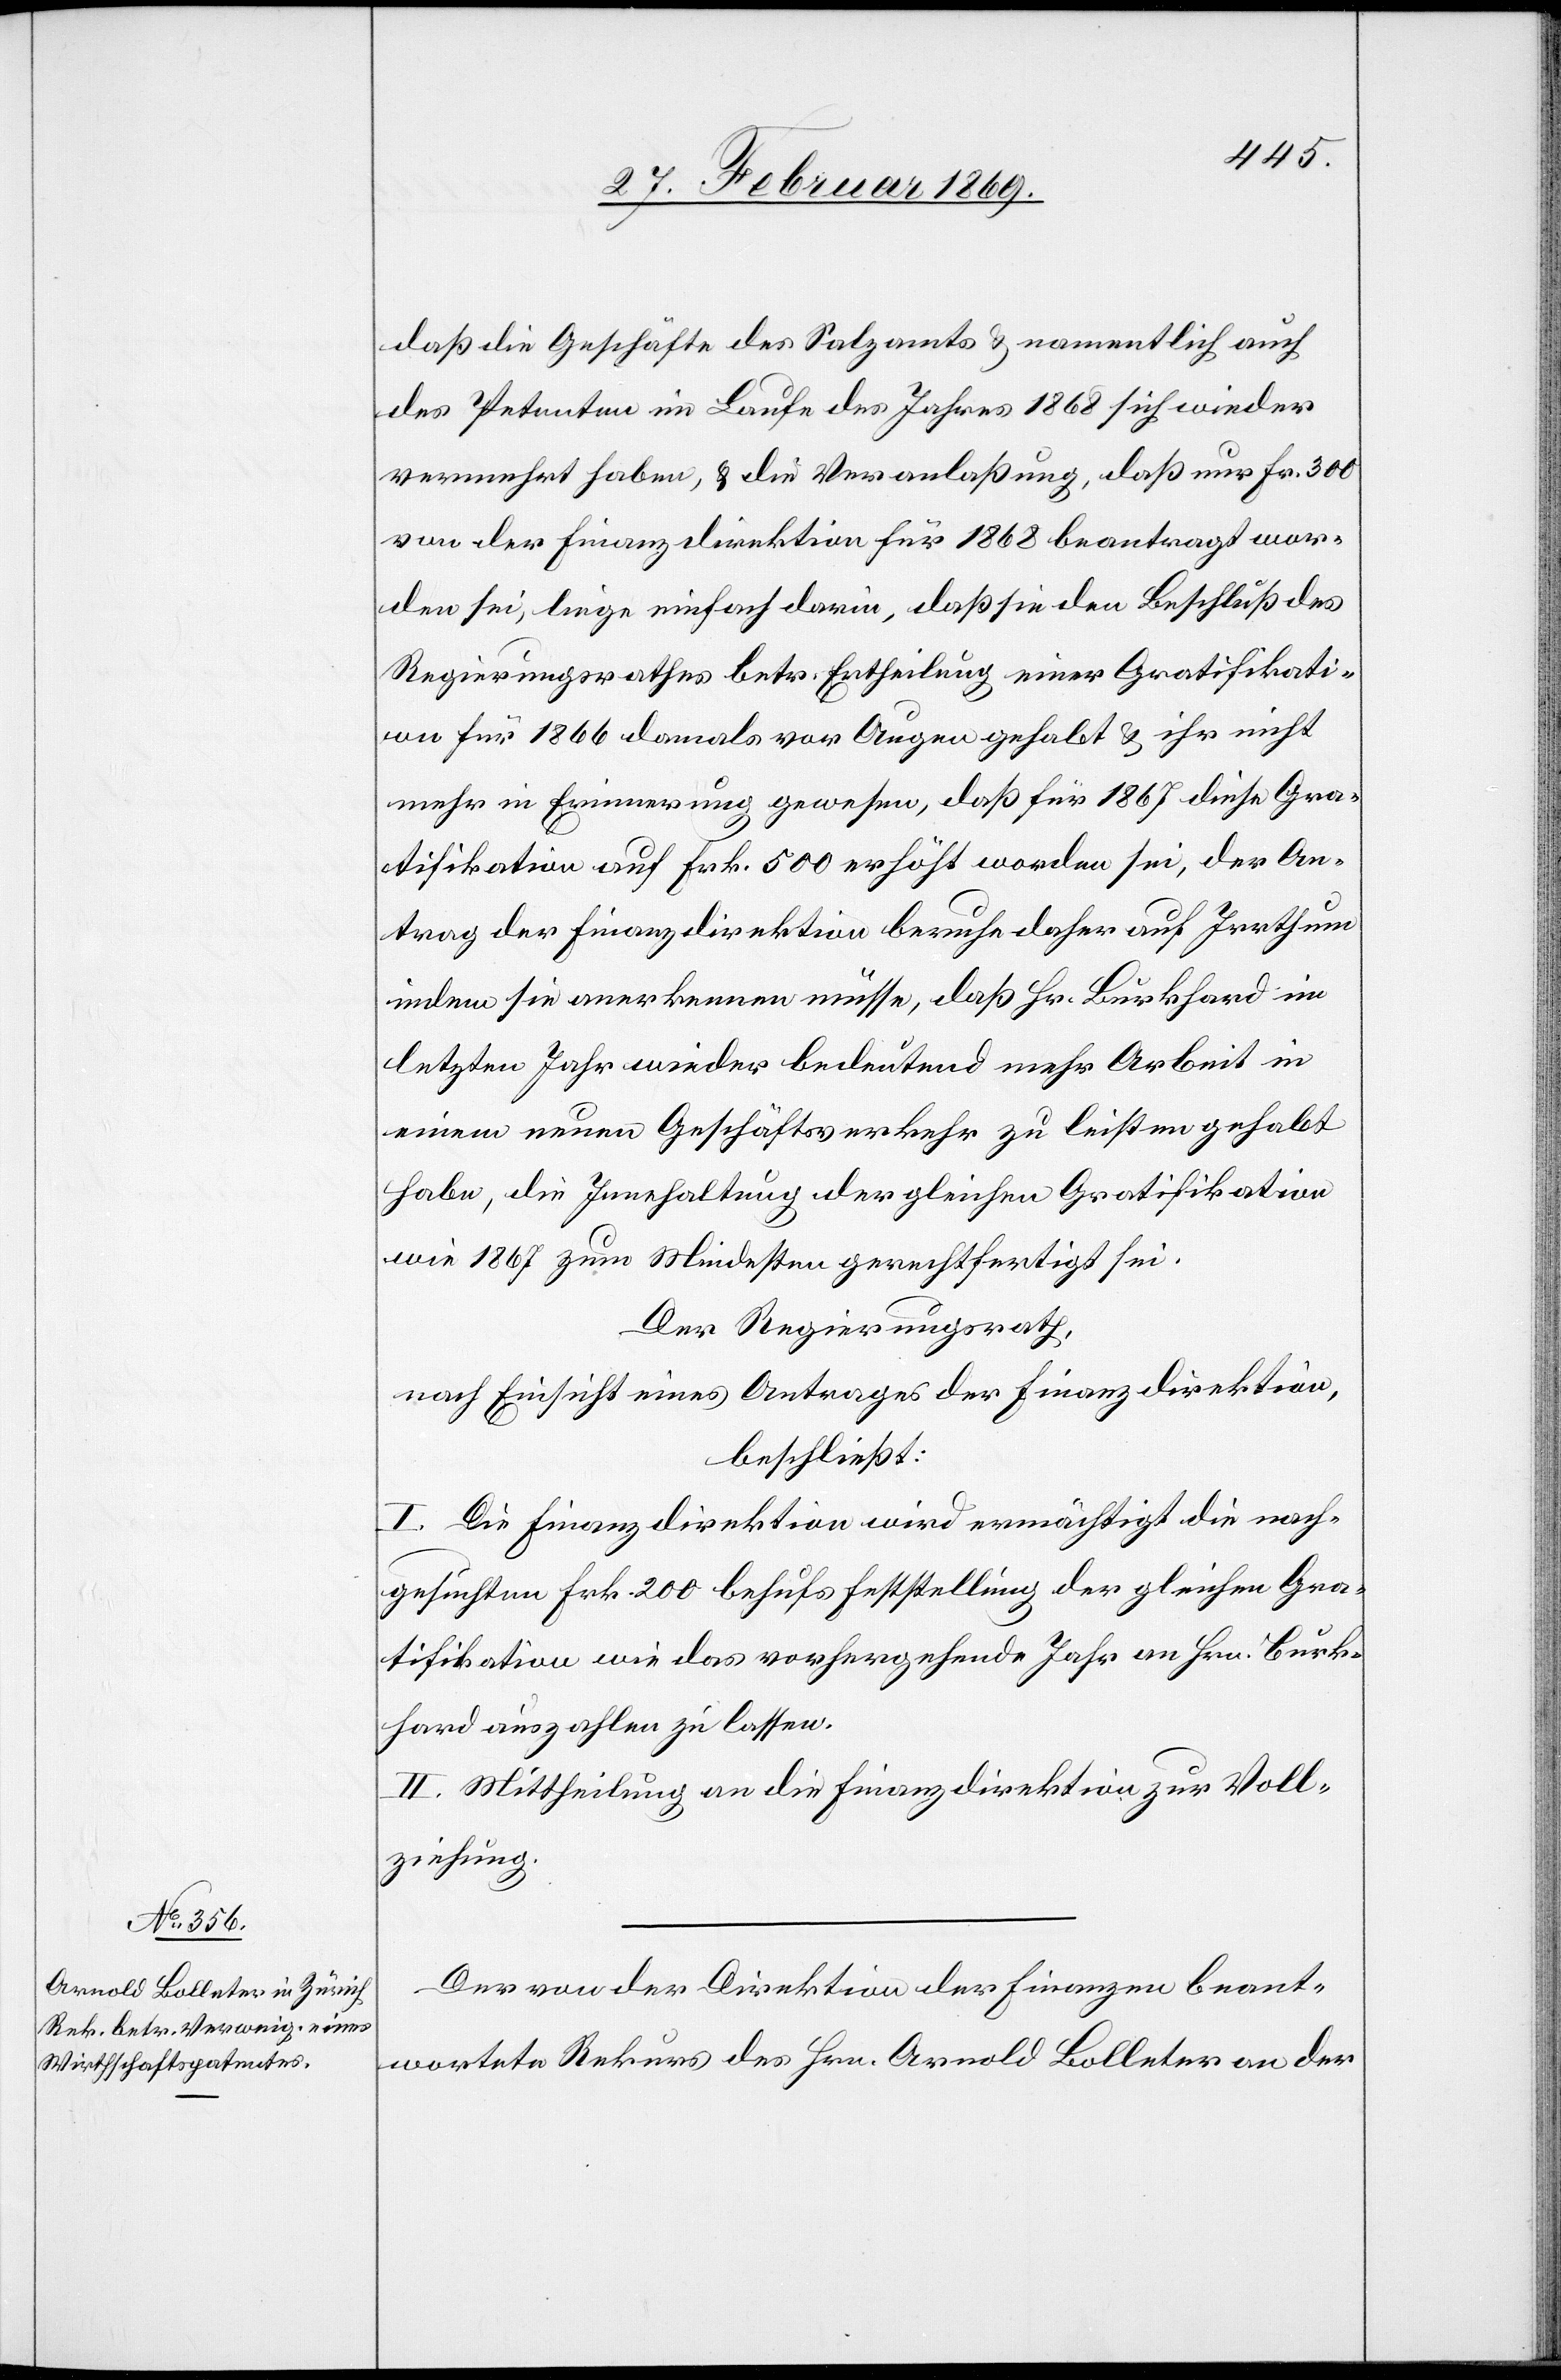
daß die Geschäfte des Salzamts & namentlich auch
des Petenten im Laufe des Jahres 1868 sich wieder
vermehrt haben, & die Veranlaßung, daß nur Frk. 300
von der Finanzdirektion für 1868 beantragt wor¬
den sei, liege einfach darin, daß sie den Beschluß des
Regierungsrathes betr. Ertheilung einer Gratifikati¬
on für 1866 damals vor Augen gehabt & ihr nicht
mehr in Erinnerung gewesen, daß für 1867 diese Gra¬
tifikation auf Frk. 500 erhöht worden sei, der An¬
trag der Finanzdirektion beruhe daher auf Irrthum
indem sie anerkennen müsse, daß Hr. Burkhard im
letzten Jahr wieder bedeutend mehr Arbeit in
einem neuen Geschäftsverkehr zu leisten gehabt
habe, die Innehaltung der gleichen Gratifikation
wie 1867 zum Mindesten gerechtfertigt sei.
Der Regierungsrath,
nach Einsicht eines Antrages der Finanzdirektion,
beschließt:
I. Die Finanzdirektion wird ermächtigt die nach¬
gesuchten Frk. 200 behufs Feststellung der gleichen Gra¬
tifikation wie das vorhergehende Jahr an Hrn. Burk¬
hard auszahlen zu lassen.
II. Mittheilung an die Finanzdirektion zur Voll¬
ziehung.
Der von der Direktion der Finanzen beant¬
wortete Rekurs des Hrn. Arnold Bolleter an der